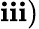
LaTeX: \mathbf{i}\mathbf{i}\mathbf{i})